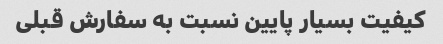
کیفیت بسیار پایین نسبت به سفارش قبلی